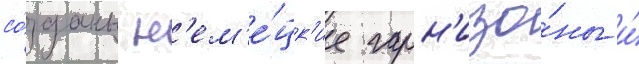
со́зданы н'ем'е́цк'ие гарн'изо́ны и́